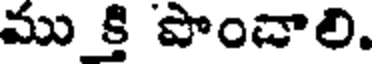
ము క్తి పొంచాలి.